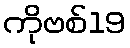
ကိုဗစ်19